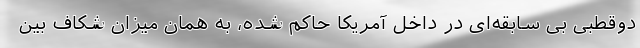
دوقطبی بی سابقه‌ای در داخل آمریکا حاکم شده، به همان میزان شکاف بین